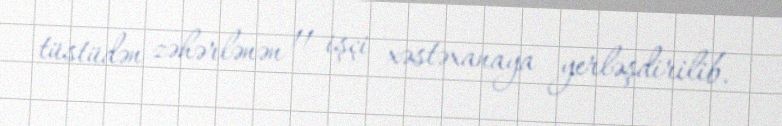
tüstüdən zəhərlənən 11 işçi xəstəxanaya yerləşdirilib.